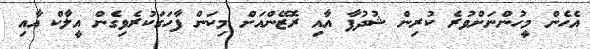
އެހެން މީހުންނަށްވުރެ ކުރިން ޝުދުފާ އާއި ރޮޒޭންއަށް މިކަން ފާހަގަކުރެވިގެން އީލާކް އާއި